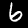
Label: 6